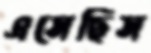
এসেছিস